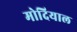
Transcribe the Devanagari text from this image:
मोदियाल